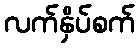
လက်နှိပ်စက်